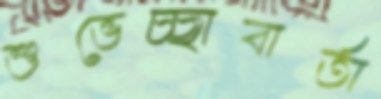
শুভেচ্ছাবার্তা